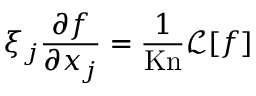
\xi _ { j } \frac { \partial f } { \partial x _ { j } } = \frac { 1 } { \mathrm { K n } } \mathcal { L } [ f ]